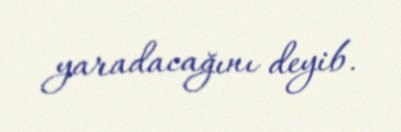
yaradacağını deyib.